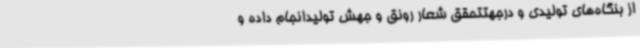
از بنگاه‌های تولیدی و درجهتتحقق شعار رونق و جهش تولیدانجام داده و